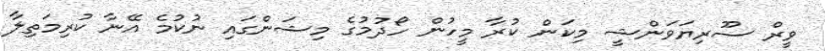
ވީރް ސޫރިޔަވަންޝީ މިކަން ކުރާ މީހުން ހޯދުމުގެ މިޝަންގައި ނުކުމެ އޭނާ ކުރިމަތިލާ